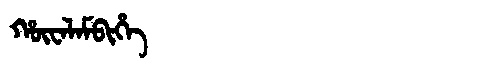
Manchu: ᡥᡡᠸᠠᠯᠠᠮᠪᡳᡥᡝ
Romanization: HŪWALAMBIHE